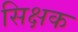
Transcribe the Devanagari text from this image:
सिक्षक